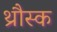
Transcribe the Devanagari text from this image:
थ्रौस्क